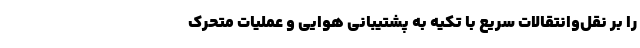
را بر نقل‌وانتقالات سریع با تکیه به پشتیبانی هوایی و عملیات متحرک